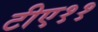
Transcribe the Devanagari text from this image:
टीए११